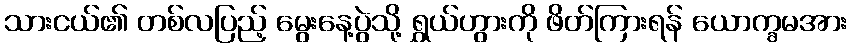
သားငယ်၏ တစ်လပြည့် မွေးနေ့ပွဲသို့ ရွှယ်ဟွားကို ဖိတ်ကြားရန် ယောက္ခမအား